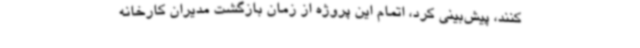
کنند، پیش‌بینی کرد، اتمام این پروژه از زمان بازگشت مدیران کارخانه